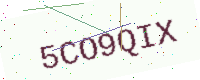
Text: 5CO9QIX